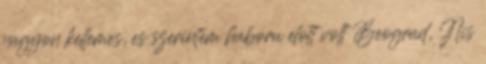
nagyon kellemes, es szerintem haboru elott volt Beograd, Nis